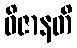
ဝိဇာနတိ